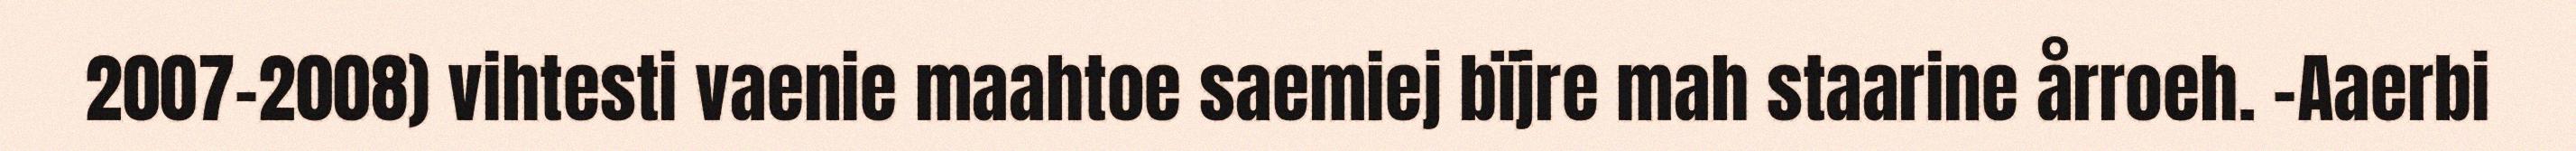
2007-2008) vihtesti vaenie maahtoe saemiej bïjre mah staarine årroeh. -Aaerbi